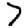
Digit: 7